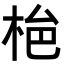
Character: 𭩾